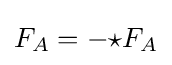
F_{A}=-{\star F_{A}}